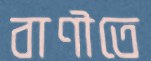
বাণীতে